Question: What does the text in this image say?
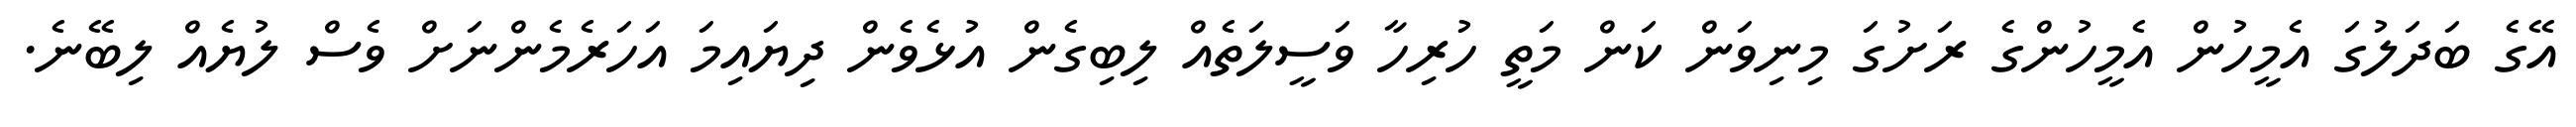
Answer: އޭގެ ބަދަލުގަ އެމީހުން އެމީހުންގެ ރަށުގަ މިނިވަން ކަން މަތީ ހުރިހާ ވަސީލަތެއް ލިބިގެން އުޅެވެން ދިޔައިމަ އަހަރެމެންނަށް ވެސް ލުޔެއް ލިބޭނެ.